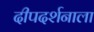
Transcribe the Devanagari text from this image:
दीपदर्शनाला